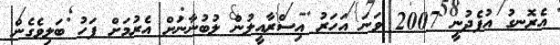
އެރޮނގު އުފެދުނީ 2007 ވަނަ އަހަރު އިސްރާއީލުން ލުބުނާނަށް އެރުމަށް ފަހު ބަލިވެގެން